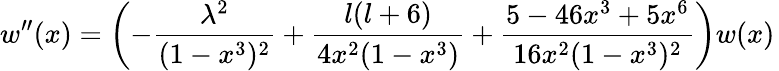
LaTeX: w^{\prime\prime}(x)=\left(-\frac{\lambda^{2}}{(1-x^{3})^{2}}+\frac{l(l+6)}{4x^{2}(1-x^{3})}+\frac{5-46x^{3}+5x^{6}}{16x^{2}(1-x^{3})^{2}}\right)w(x)\,